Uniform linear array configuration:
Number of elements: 12
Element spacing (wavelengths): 1
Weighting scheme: uniform
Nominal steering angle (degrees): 30
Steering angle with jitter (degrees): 31.034
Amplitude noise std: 0.05
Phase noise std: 0.05

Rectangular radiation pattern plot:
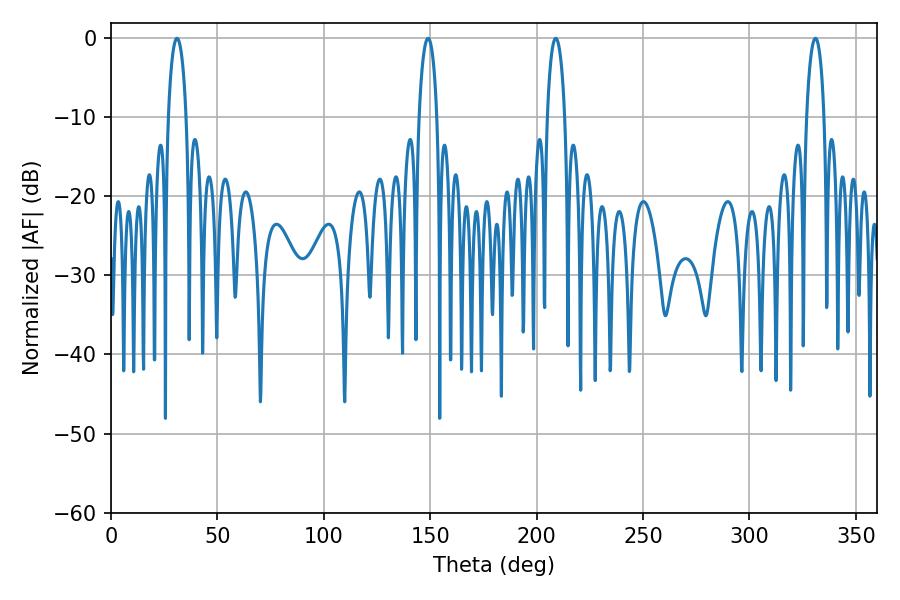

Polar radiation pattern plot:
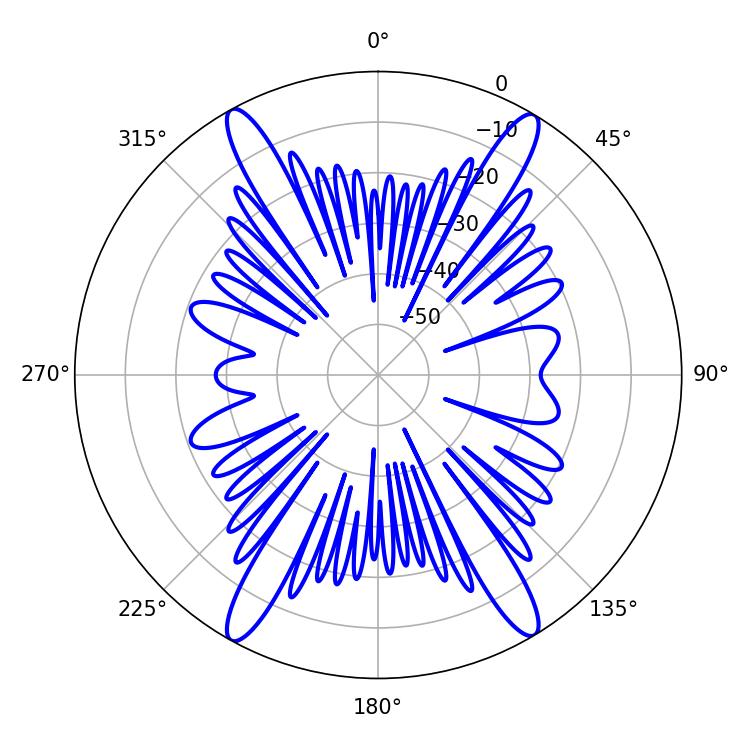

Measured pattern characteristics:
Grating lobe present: TRUE
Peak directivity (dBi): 23.249
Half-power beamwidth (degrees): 4.68
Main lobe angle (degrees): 208.98